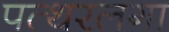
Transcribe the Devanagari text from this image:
पत्थरलगा